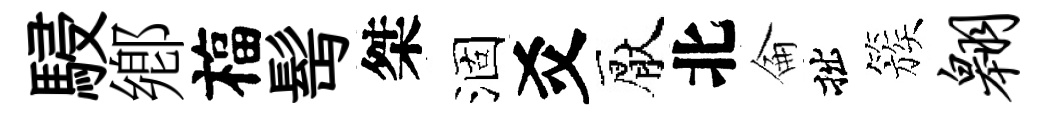
駸鄕福髩桀涸爻厭北侖拙簇翱